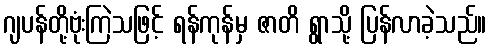
ဂျပန်တို့ဗုံးကြဲသဖြင့် ရန်ကုန်မှ ဇာတိ ရွာသို့ ပြန်လာခဲ့သည်။